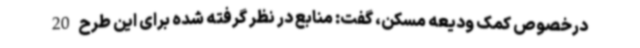
درخصوص کمک ودیعه مسکن، گفت: منابع در نظر گرفته شده برای این طرح 20